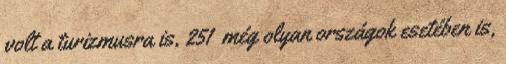
volt a turizmusra is, 251 még olyan országok esetében is,